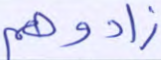
زادوهم